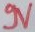
Text: N